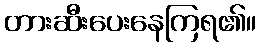
တားဆီးပေးနေကြရ၏။